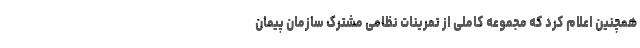
همچنین اعلام کرد که مجموعه کاملی از تمرینات نظامی مشترک سازمان پیمان